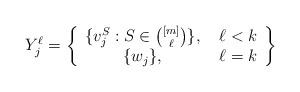
LaTeX: \begin{align*}Y_j^\ell =\left\{\begin{array}{cc} \{ v_j^S: S \in {[m] \choose \ell} \}, & \ \ell < k \\\{ w_j\}, &\ \ell = k\end{array}\right\}\end{align*}